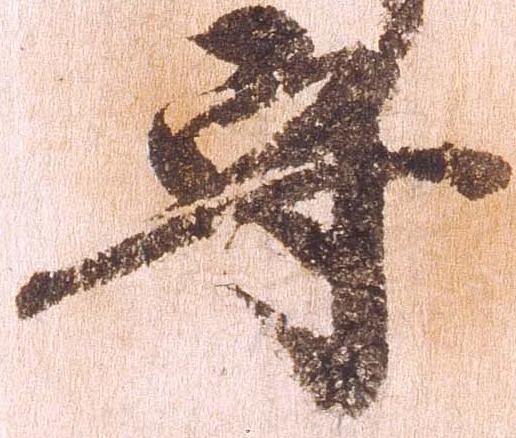
守